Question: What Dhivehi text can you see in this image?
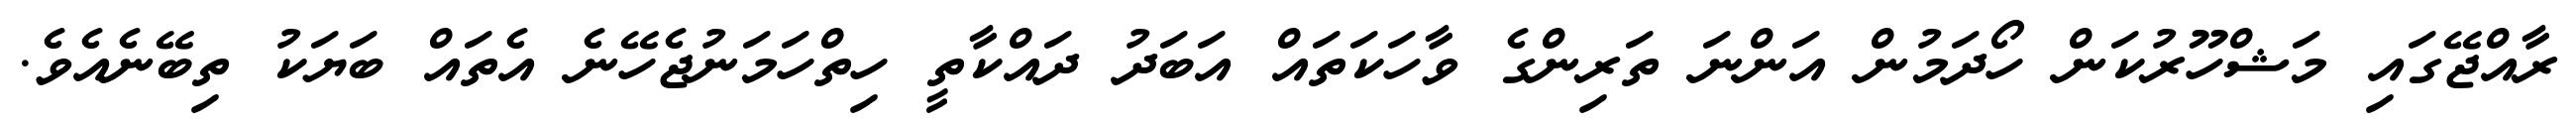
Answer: ރާއްޖޭގައި މަޝްހޫރުކަން ހޯދަމުން އަންނަ ތަރިންގެ ވާހަކަތައް އަބަދު ދައްކާތީ ހިތްހަމަނުޖެހޭނެ އެތައް ބަޔަކު ތިބޭނެއެވެ.